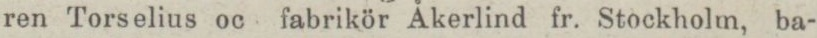
ren Torselius oc fabrikör Åkerlind fr. Stockholm, ba-